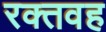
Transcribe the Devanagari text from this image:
रक्तवह